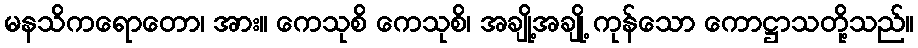
မနသိကရောတော၊ အား။ ကေသုစိ ကေသုစိ၊ အချို့အချို့ ကုန်သော ကောဋ္ဌာသတို့သည်။